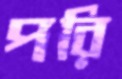
পরি